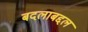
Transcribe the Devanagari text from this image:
बदलाबद्दल